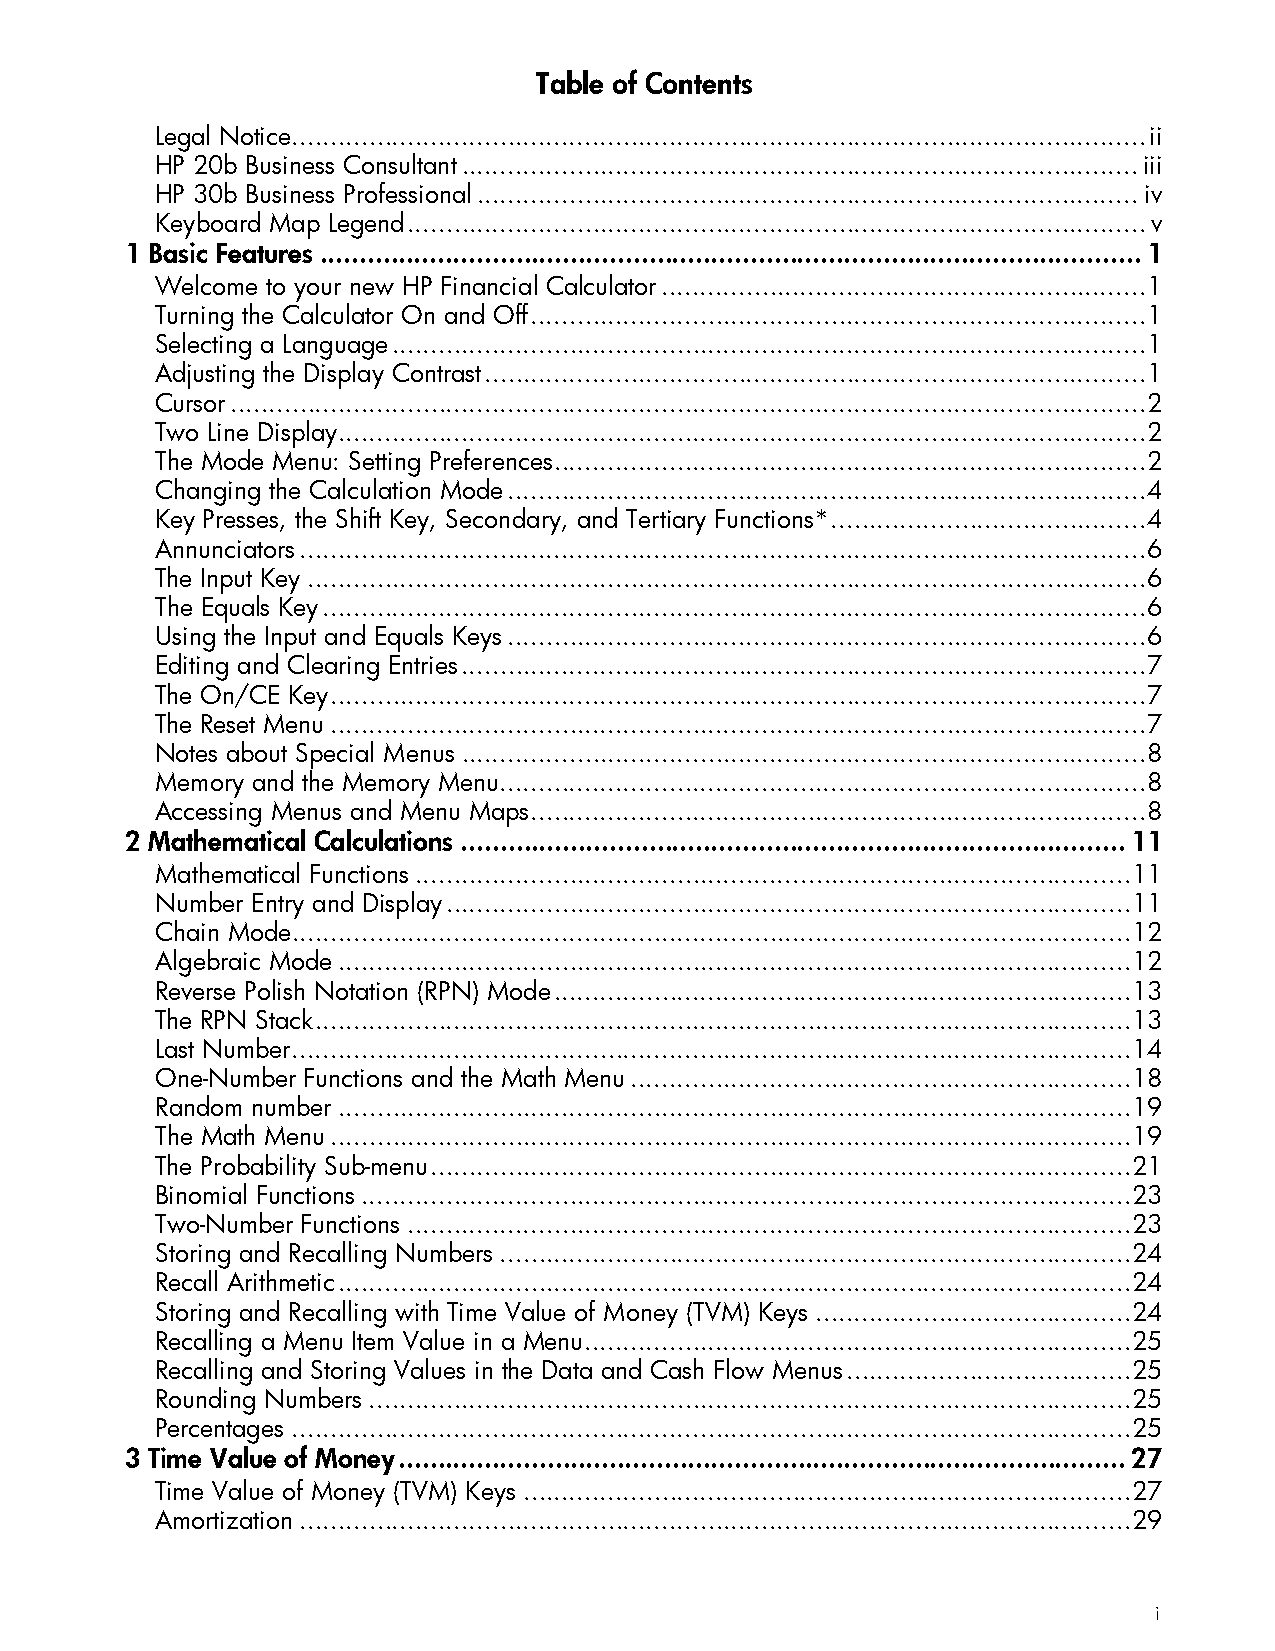
Table of Contents
 Legal Notice...............................................................................................................ii
 HP 20b Business Consultant........................................................................................iii
 HP 30b Business Professional......................................................................................iv
 Keyboard Map Legend................................................................................................v
 1 Basic Features .........................................................................................................1
 Welcome to your new HP Financial Calculator...............................................................1
 Turning the Calculator On and Off................................................................................1
 Selecting a Language..................................................................................................1
 Adjusting the Display Contrast......................................................................................1
 Cursor.......................................................................................................................2
 Two Line Display.........................................................................................................2
 The Mode Menu: Setting Preferences.............................................................................2
 Changing the Calculation Mode...................................................................................4
 Key Presses, the Shift Key, Secondary, and Tertiary Functions*.........................................4
 Annunciators..............................................................................................................6
 The Input Key .............................................................................................................6
 The Equals Key...........................................................................................................6
 Using the Input and Equals Keys...................................................................................6
 Editing and Clearing Entries.........................................................................................7
 The On/CE Key..........................................................................................................7
 The Reset Menu..........................................................................................................7
 Notes about Special Menus .........................................................................................8
 Memory and the Memory Menu....................................................................................8
 Accessing Menus and Menu Maps................................................................................8
 2 Mathematical Calculations .....................................................................................11
 Mathematical Functions .............................................................................................11
 Number Entry and Display.........................................................................................11
 Chain Mode.............................................................................................................12
 Algebraic Mode.......................................................................................................12
 Reverse Polish Notation (RPN) Mode...........................................................................13
 The RPN Stack..........................................................................................................13
 Last Number.............................................................................................................14
 One-Number Functions and the Math Menu.................................................................18
 Random number.......................................................................................................19
 The Math Menu........................................................................................................19
 The Probability Sub-menu...........................................................................................21
 Binomial Functions....................................................................................................23
 Two-Number Functions ..............................................................................................23
 Storing and Recalling Numbers ..................................................................................24
 Recall Arithmetic.......................................................................................................24
 Storing and Recalling with Time Value of Money (TVM) Keys .........................................24
 Recalling a Menu Item Value in a Menu.......................................................................25
 Recalling and Storing Values in the Data and Cash Flow Menus.....................................25
 Rounding Numbers...................................................................................................25
 Percentages .............................................................................................................25
 3 Time Value of Money.............................................................................................27
 Time Value of Money (TVM) Keys ...............................................................................27
 Amortization ............................................................................................................29
 i